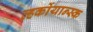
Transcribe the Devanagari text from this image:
व्हर्कोयान्स्क